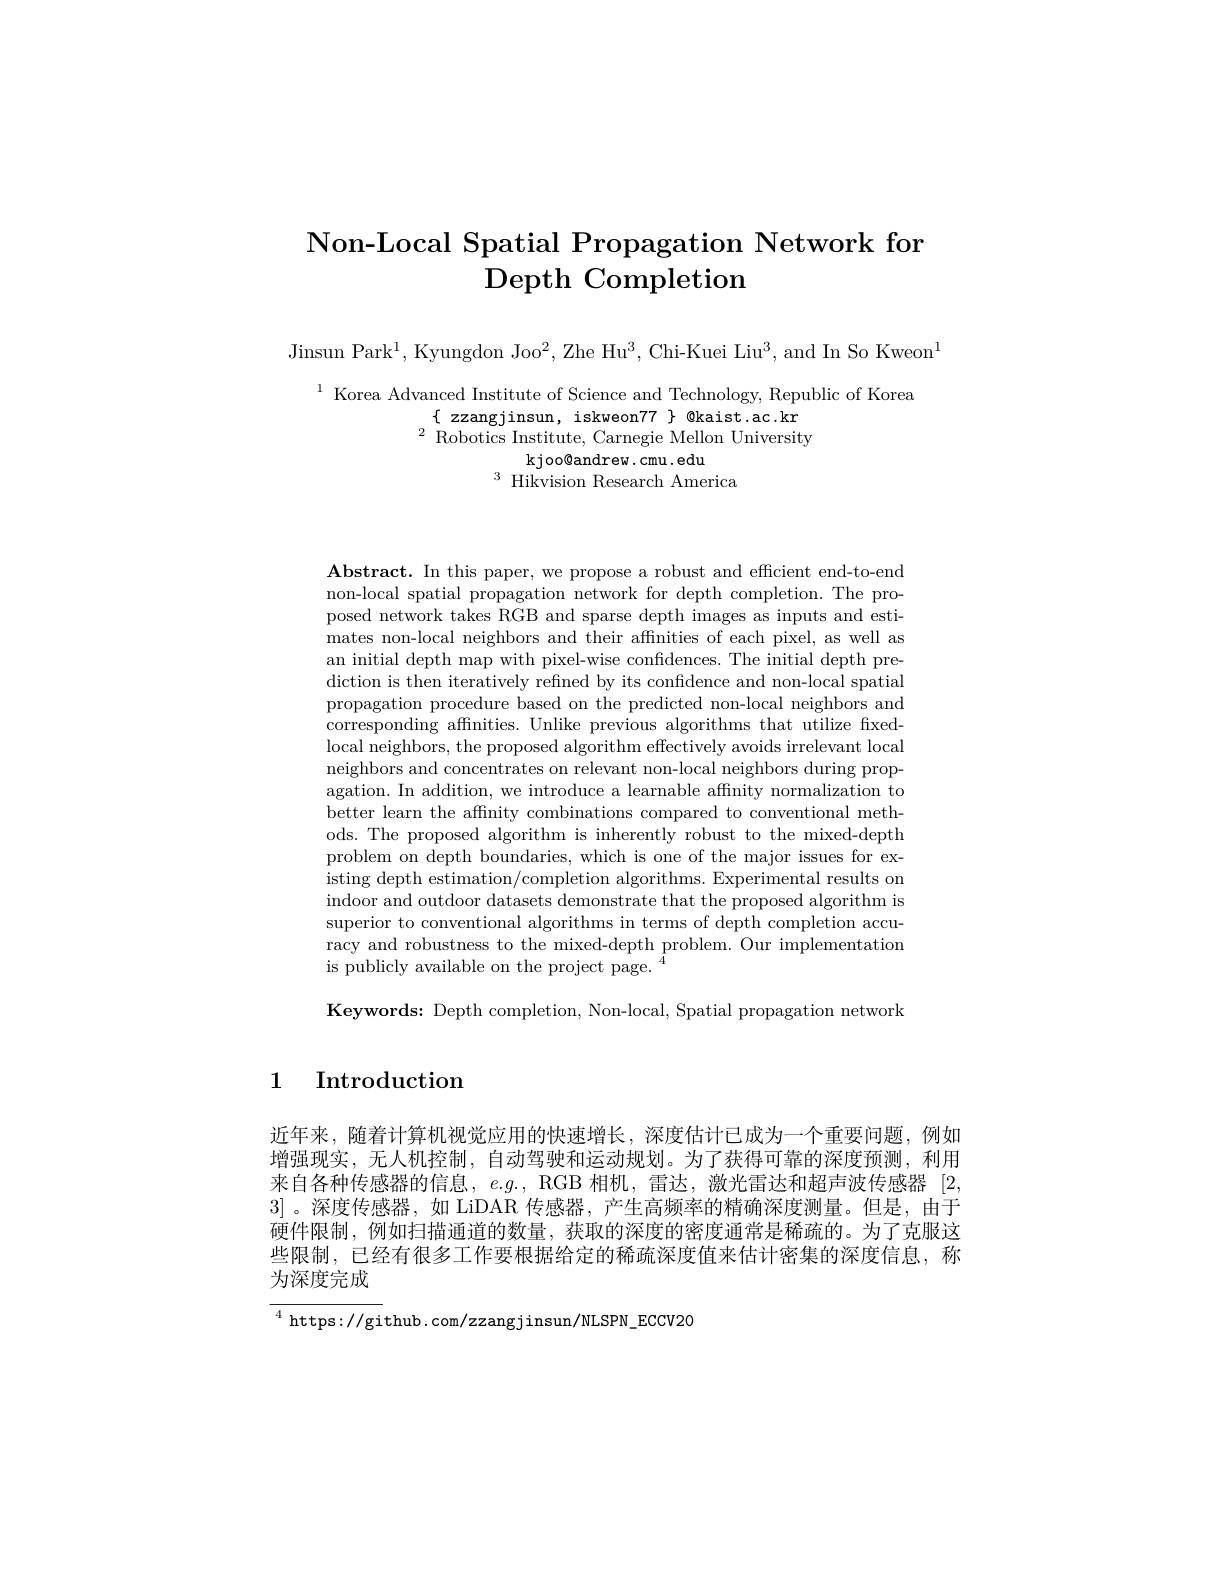
# Non-Local Spatial Propagation Network for Depth Completion

Jinsun Park$^1$,Kyungdon Joo$^2$,Zhe Hu$^3$,Chi-Kuei Liu$^3$,and In So Kweoni

$\begin{array}{c}{{}^{1}\text{Korea Advanced Institute of Science and Technology,Republic of Korea}\\{}^{1}\text{Korea Advanced Institute of Science and Technology,Republic of Korea}\\{}^{\{\:zzangjinsun,~iskweon77\}}}\text{Qkaist.ac.kr}\\{}^{2}\text{Robotics Institute, Carnegie Mellon Unive}\end{array}$
kjoo@ andrew. cmu. edu
$^{3}$ Hikvision Research America

Abstract. In this paper, we propose a robust and efficient end-to-end non-local spatial propagation network for depth completion. The proposed network takes RGB and sparse depth images as inputs and estimates non-local neighbors and their affnities of each pixel, as well as an initial depth map with pixel-wise confidences. The initial depth prediction is then iteratively refined by its confidence and non-local spatial propagation procedure based on the predicted non-local neighbors and corresponding affinities. Unlike previous algorithms that utilize fixedlocal neighbors, the proposed algorithm effectively avoids irrelevant local neighbors and concentrates on relevant non-local neighbors during propagation. In addition, we introduce a learnable affnity normalization to better learn the affinity combinations compared to conventional methods. The proposed algorithm is inherently robust to the mixed-depth problem on depth boundaries, which is one of the major issues for existing depth estimation/completion algorithms. Experimental results on indoor and outdoor datasets demonstrate that the proposed algorithm is superior to conventional algorithms in terms of depth completion accuracy and robustness to the mixed-depth problem. Our implementation is publicly available on the project page.

$\mathbf{Keywords:~Depth~completion,~Non-local,~Spatial~propagation~network}$

# 1 Introduction

近年来，随着计算机视觉应用的快速增长，深度估计已成为一个重要问题，例如增强现实，无人机控制，自动驾驶和运动规划。为了获得可靠的深度预测，利用来自各种传感器的信息，$e.g.$, RGB 相机，雷达，激光雷达和超声波传感器 [2, 3] 。深度传感器，如 LiDAR 传感器，产生高频率的精确深度测量。但是，由于硬件限制，例如扫描通道的数量，获取的深度的密度通常是稀疏的。为了克服这些限制，已经有很多工作要根据给定的稀疏深度值来估计密集的深度信息，称

为深度完成

$^{4}$ https://github.com/zzangjinsun/NLSPN\_ECCV20